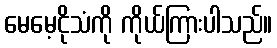
မေမေ့ငိုသံကို ကိုယ်ကြားပါသည်။